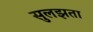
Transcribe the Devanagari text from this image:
सुलझता